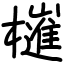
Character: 𣝤